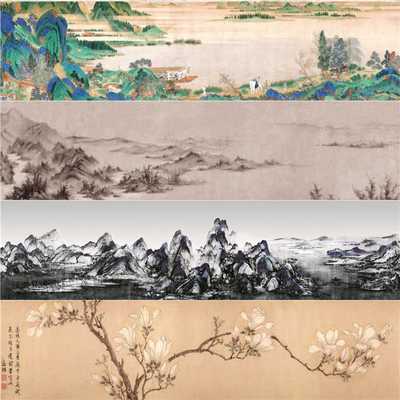
千里江山昨梦非，转眼秋光如许。